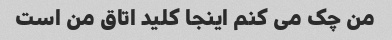
من چک می کنم اینجا کلید اتاق من است